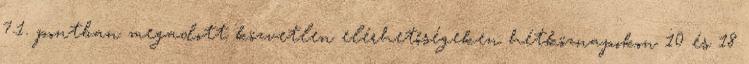
7.1. pontban megadott közvetlen elérhetőségeken hétköznapokon 10 és 18